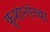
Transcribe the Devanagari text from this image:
कुशानांच्या